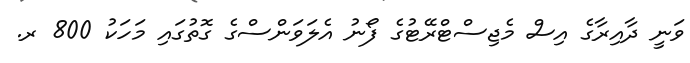
ވަނީ ދާއިރާގެ އިސް މެޖިސްޓްރޭޓުގެ ފޯނު އެލަވަންސްގެ ގޮތުގައި މަހަކު 800 ރ.